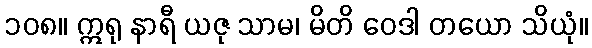
၁၀၈။ ဣရု နာရီ ယဇု သာမ၊ မိတိ ဝေဒါ တယော သိယုံ။